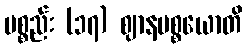
ပစ္စည်း (၁၇) ဈာနပစ္စယောတိ